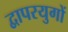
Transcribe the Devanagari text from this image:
द्वापरयुगों